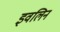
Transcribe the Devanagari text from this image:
इवलिन